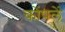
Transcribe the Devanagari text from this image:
कोंपलें